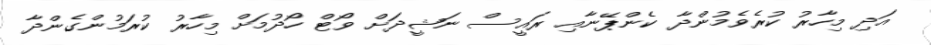
އަދި މިހާރު ކުރެވެމުންދާ ކެންޕޭނާއި ރައީސް ނަޝީދަށް ވޯޓް ހޯދުމަށް މިހާރު ކުރަމުންގެންދާ